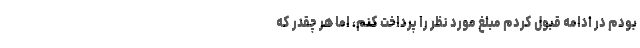
بودم در ادامه قبول کردم مبلغ مورد نظر را پرداخت کنم، اما هر چقدر که